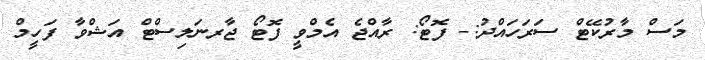
މަސް މާރުކޭޓް ސަރަހައްދު:- ފޮޓޯ: ރާއްޖެ އެމްވީ ފޮޓޯ ޖާރނަލިސްޓް އަޝްވާ ފަހީމް